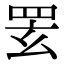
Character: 䍗